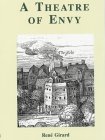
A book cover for A Theatre of Envy; Rene Girard; Literature & Fiction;